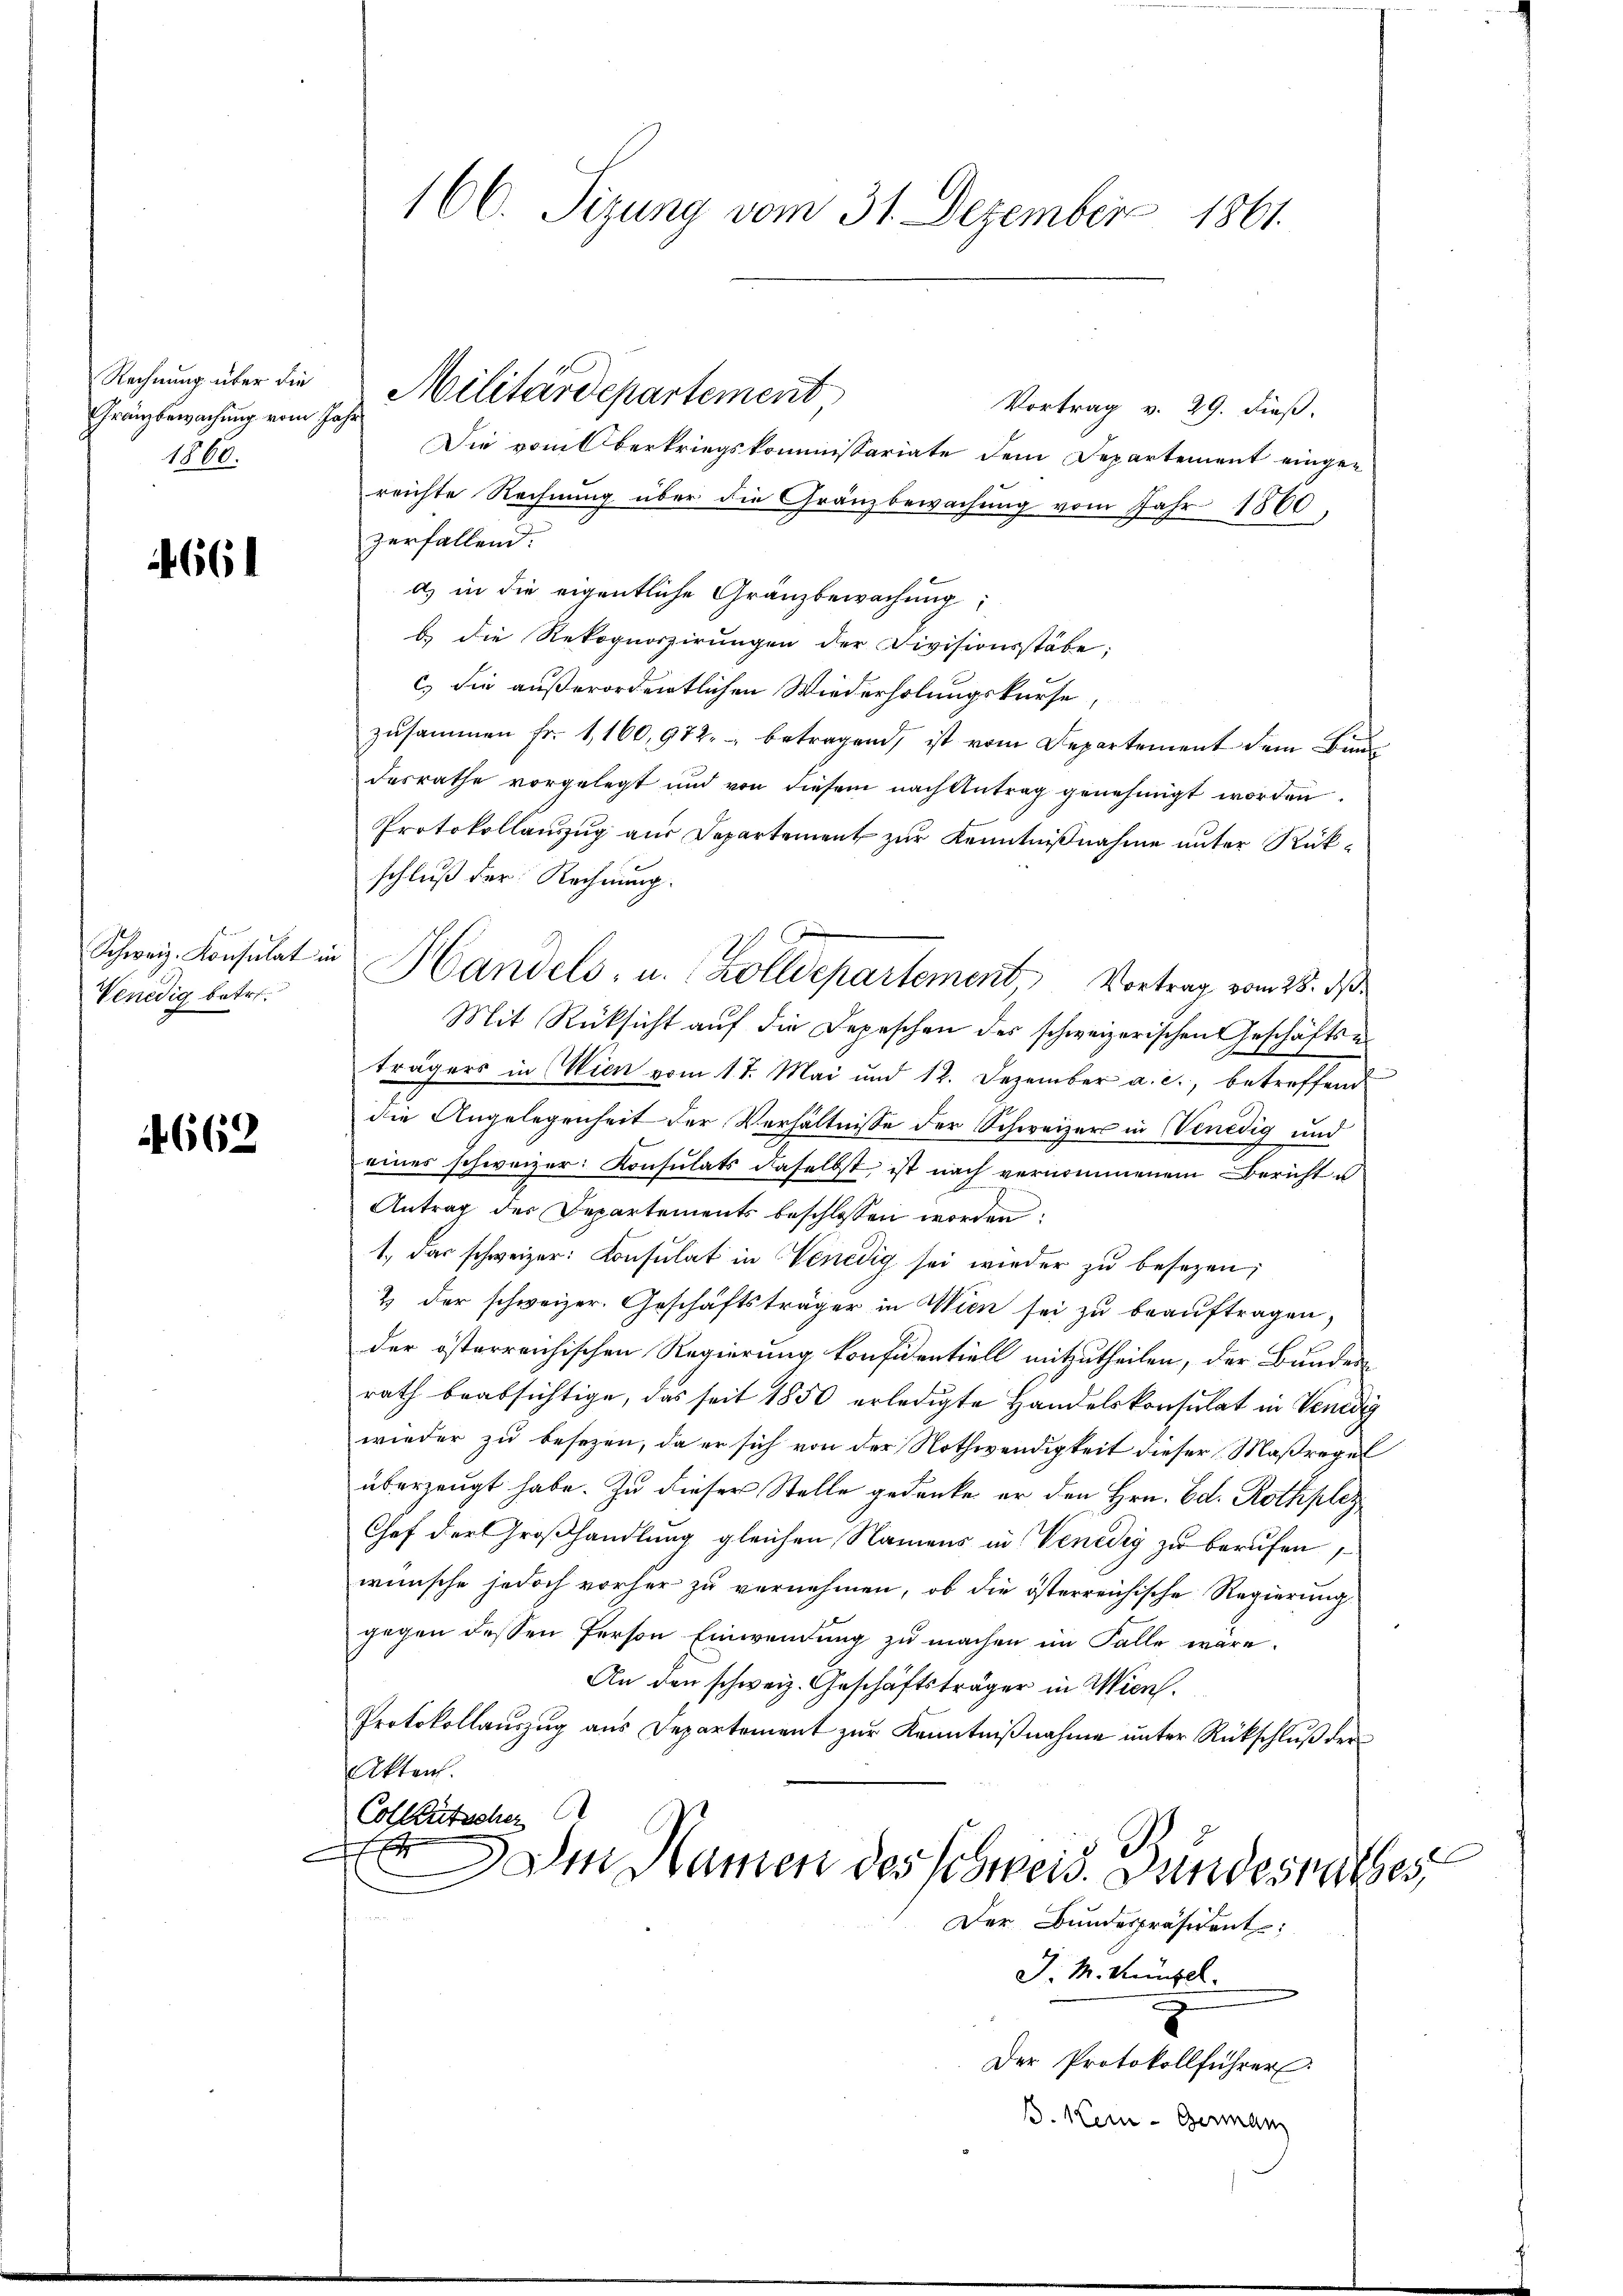
Rechnung über die
Gränzbewachung vom Jahr
1860.

4661

Schweiz. Konsulat in
Venedig betr.

662

Vortrag v. 29. dieß.
Die vom Oberkriegskommissariate dem Departement eingereichte Rechnŭng über die Gränzbewachŭng vom Jahr 1860,
zerfallend.
a) in die eigentliche Granzbewachung
b. die Rekognoszirungen der Divisionsstäbe:
c) die außerordentlichen Wiederholungskurse,
zusammen Fr. 1, 160,972. betragend, ist vom Departement dem Bund
desrathe vorgelegt und von diesem nach Antrag genehmigt worden.
Protokollauszug aus Departement zur Kenntnißnahme unter Rükschluß der Rechnung.
Mit Rücksicht auf die Depeschen des schweizerischen Geschäftse
trägers in Wien vom 17. Mai und 12. Dezember a. c., betreffend
die Angelegenheit der Verhältnisse der Schweizer in Venedig und
eines schweizer: Konsulats daselbst, ist nach vernommenem Bericht u
Antrag des Departements beschlossen worden.
1. das schweizer: Consulat in Venedig sei wieder zu besezen;
2 der schweizer. Geschäftsträger in Wien sei zu beauftragen,
der österreichischen Regierung konfidentiell mitzutheilen, der Bunder
rath beabsichtige, das seit 1850 erledigte Handelskonsulat in Venedig
wieder zu besezen, da er sich von der Nothwendigkeit dieser Maßregel
überzeugt habe. Zu dieser Stelle gedenke er den Hrn. Ed. Rothplez
Chef der Großhandlung gleichen Namens in Venedig zu berufen
wünsche jedoch vorher zu vernehmen, ob die österreichische Regierung
gegen dessen Person Einwendung zu machen im Falle wäre.
An den schweiz. Geschäftsträger in Wien.
Protokollauszug aus Departement zur Kenntnißnahme unter Rückschluß der
Akten.
Colleutscher
x
Damm Namen des Schweiz. Bundesrathes
Der Bundespräsident:
J. M. Künfel
2
Der Protokollführer
B. Kein - Germann

166. Sizung vom 31. Dezember 1861.

Militärdepartement

Handels, u. Zolldepartement, Vortrag vom 28. ds.

s